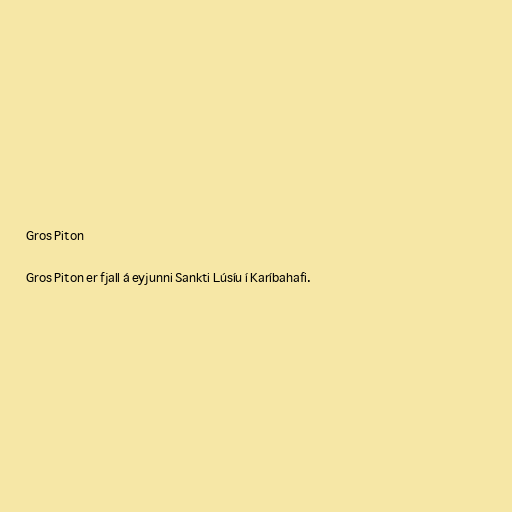
Gros Piton

Gros Piton er fjall á eyjunni Sankti Lúsíu í Karíbahafi.